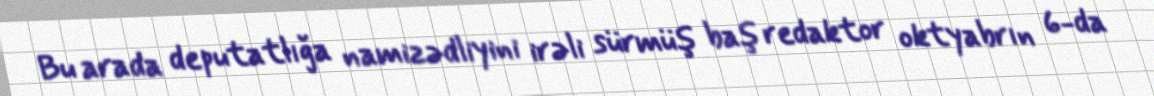
Bu arada deputatlığa namizədliyini irəli sürmüş baş redaktor oktyabrın 6-da